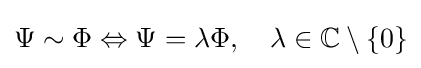
\Psi \sim \Phi \Leftrightarrow \Psi =\lambda \Phi ,\quad \lambda \in \mathbb {C} \setminus \{0\}